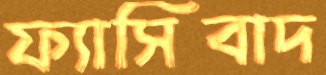
ফ্যাসিবাদ